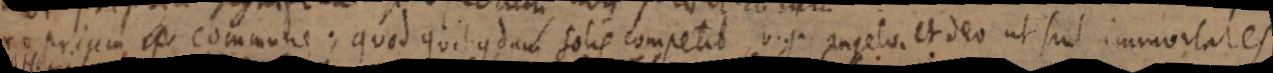
proprium commune; quod quibusdam solis competit, v.g. angelo et Deo ut sint immortales.